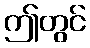
ဤတွင်